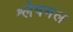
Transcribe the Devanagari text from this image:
श्लेषमल